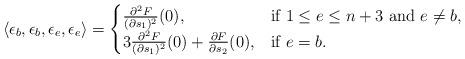
LaTeX: \begin{align*}\langle \epsilon_b,\epsilon_b,\epsilon_e,\epsilon_e\rangle=\begin{cases}\frac{\partial^2 F}{(\partial s_1)^2}(0),& \mbox{if}\ 1\leq e\leq n+3\ \mbox{and}\ e\neq b,\\3\frac{\partial^2 F}{(\partial s_1)^2}(0)+\frac{\partial F}{\partial s_2}(0), & \mbox{if}\ e=b.\end{cases}\end{align*}